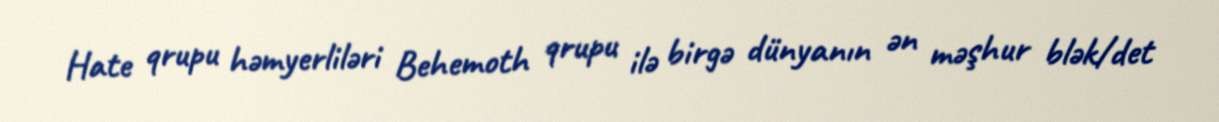
Hate qrupu həmyerliləri Behemoth qrupu ilə birgə dünyanın ən məşhur blək/det